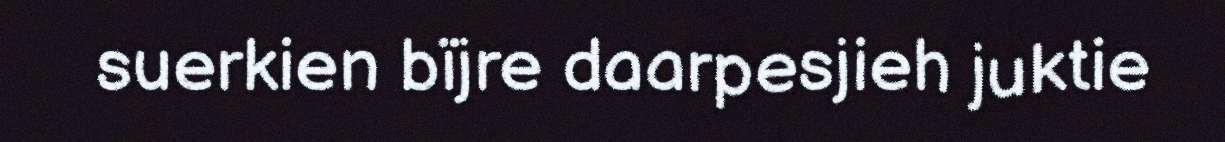
suerkien bïjre daarpesjieh juktie